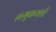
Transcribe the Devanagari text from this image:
लगुकथाएँ